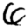
Digit: 6